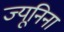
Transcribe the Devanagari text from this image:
ज्यूनिना